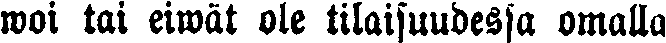
woi tai eiwät ole tilaisuudessa omalla